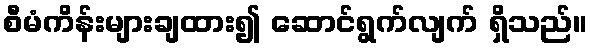
စီမံကိန်းများချထား၍ ဆောင်ရွက်လျက် ရှိသည်။